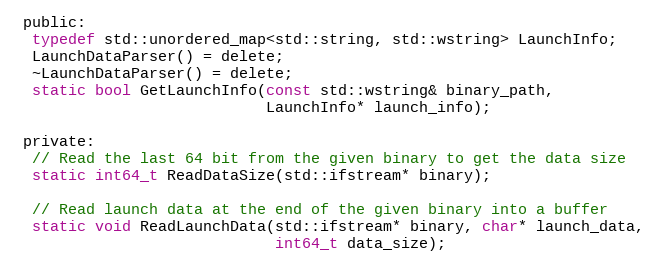
Language: C
 public:
  typedef std::unordered_map<std::string, std::wstring> LaunchInfo;
  LaunchDataParser() = delete;
  ~LaunchDataParser() = delete;
  static bool GetLaunchInfo(const std::wstring& binary_path,
                            LaunchInfo* launch_info);

 private:
  // Read the last 64 bit from the given binary to get the data size
  static int64_t ReadDataSize(std::ifstream* binary);

  // Read launch data at the end of the given binary into a buffer
  static void ReadLaunchData(std::ifstream* binary, char* launch_data,
                             int64_t data_size);